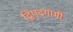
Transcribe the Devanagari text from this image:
द्विपदगामी